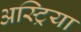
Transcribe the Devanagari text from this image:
अस्ट्रिया